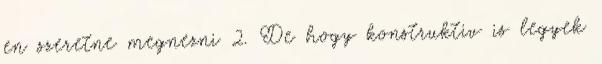
en szeretne megnezni 2. De hogy konstruktiv is legyek